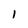
Character: 1